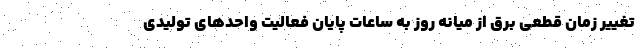
تغییر زمان قطعی برق از میانه روز به ساعات پایان فعالیت واحدهای تولیدی